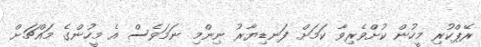
ރޭޕްކުރި މީހުން ކުށްވެރިވާ ކަމަށް ފަނޑިޔާރު ނިންމި ނަމަވެސް އެ މީހުންގެ މައްޗަށް